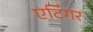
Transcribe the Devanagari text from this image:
एटिंगर